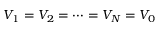
V _ { 1 } = V _ { 2 } = \cdots = V _ { N } = V _ { 0 }